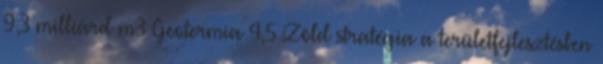
9,3 milliárd m3 Geotermia 4,5 Zöld stratégia a területfejlesztésben